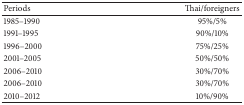
<table><thead><tr><td><b>Periods</b></td><td><b>Thai/foreigners</b></td></tr></thead><tbody><tr><td>1985–1990</td><td>95%/5%</td></tr><tr><td>1991–1995</td><td>90%/10%</td></tr><tr><td>1996–2000</td><td>75%/25%</td></tr><tr><td>2001–2005</td><td>50%/50%</td></tr><tr><td>2006–2010</td><td>30%/70%</td></tr><tr><td>2006–2010</td><td>30%/70%</td></tr><tr><td>2010–2012</td><td>10%/90%</td></tr></tbody></table>